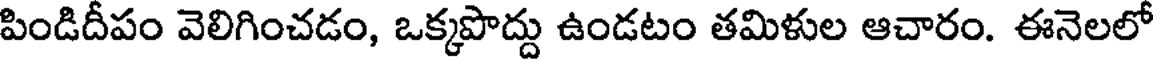
పిండిదీపం వెలిగించడం, ఒక్కపొద్దు ఉండటం తమిళుల ఆచారం. ఈనెలలో